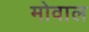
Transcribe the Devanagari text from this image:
मोवाल